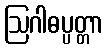
ဩဂါဓပ္ပတ္တာ